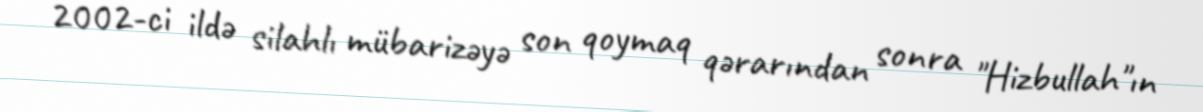
2002-ci ildə silahlı mübarizəyə son qoymaq qərarından sonra "Hizbullah"ın